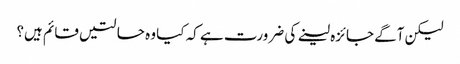
لیکن آگے جائزہ لینے کی ضرورت ہے کہ کیا وہ حالتیں قائم ہیں؟